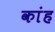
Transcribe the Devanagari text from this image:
कांह